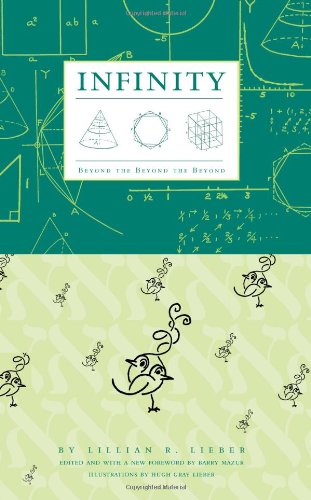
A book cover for Infinity: Beyond the Beyond the Beyond; Lillian R. Lieber; Science & Math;